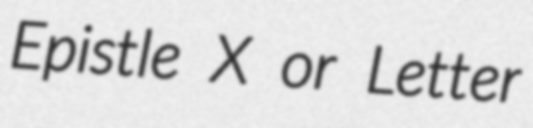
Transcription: Epistle X or Letter